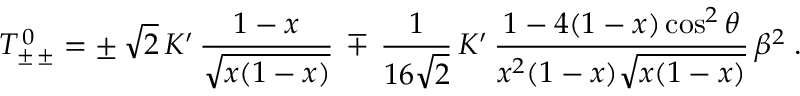
{ \cal T } _ { \pm \, \pm } ^ { \, 0 } = \pm \, \sqrt { 2 } \, K ^ { \prime } \, \frac { 1 - x } { \sqrt { x ( 1 - x ) } } \, \mp \, \frac { 1 } { 1 6 \sqrt { 2 } } \, K ^ { \prime } \, \frac { 1 - 4 ( 1 - x ) \cos ^ { 2 } \theta } { x ^ { 2 } ( 1 - x ) \sqrt { x ( 1 - x ) } } \, \beta ^ { 2 } \; .